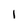
Character: 1